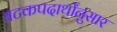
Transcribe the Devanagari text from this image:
घटकपदार्थांनुसार